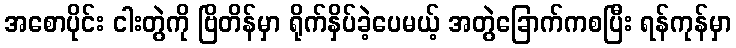
အစောပိုင်း ငါးတွဲကို ဗြိတိန်မှာ ရိုက်နှိပ်ခဲ့ပေမယ့် အတွဲခြောက်ကစပြီး ရန်ကုန်မှာ